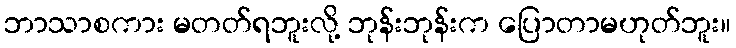
ဘာသာစကား မတတ်ရဘူးလို့ ဘုန်းဘုန်းက ပြောတာမဟုတ်ဘူး။